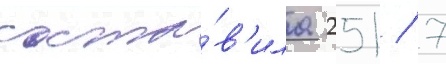
соста́в'ила 251 / 7